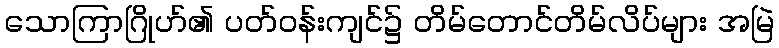
သောကြာဂြိုဟ်၏ ပတ်ဝန်းကျင်၌ တိမ်တောင်တိမ်လိပ်များ အမြဲ